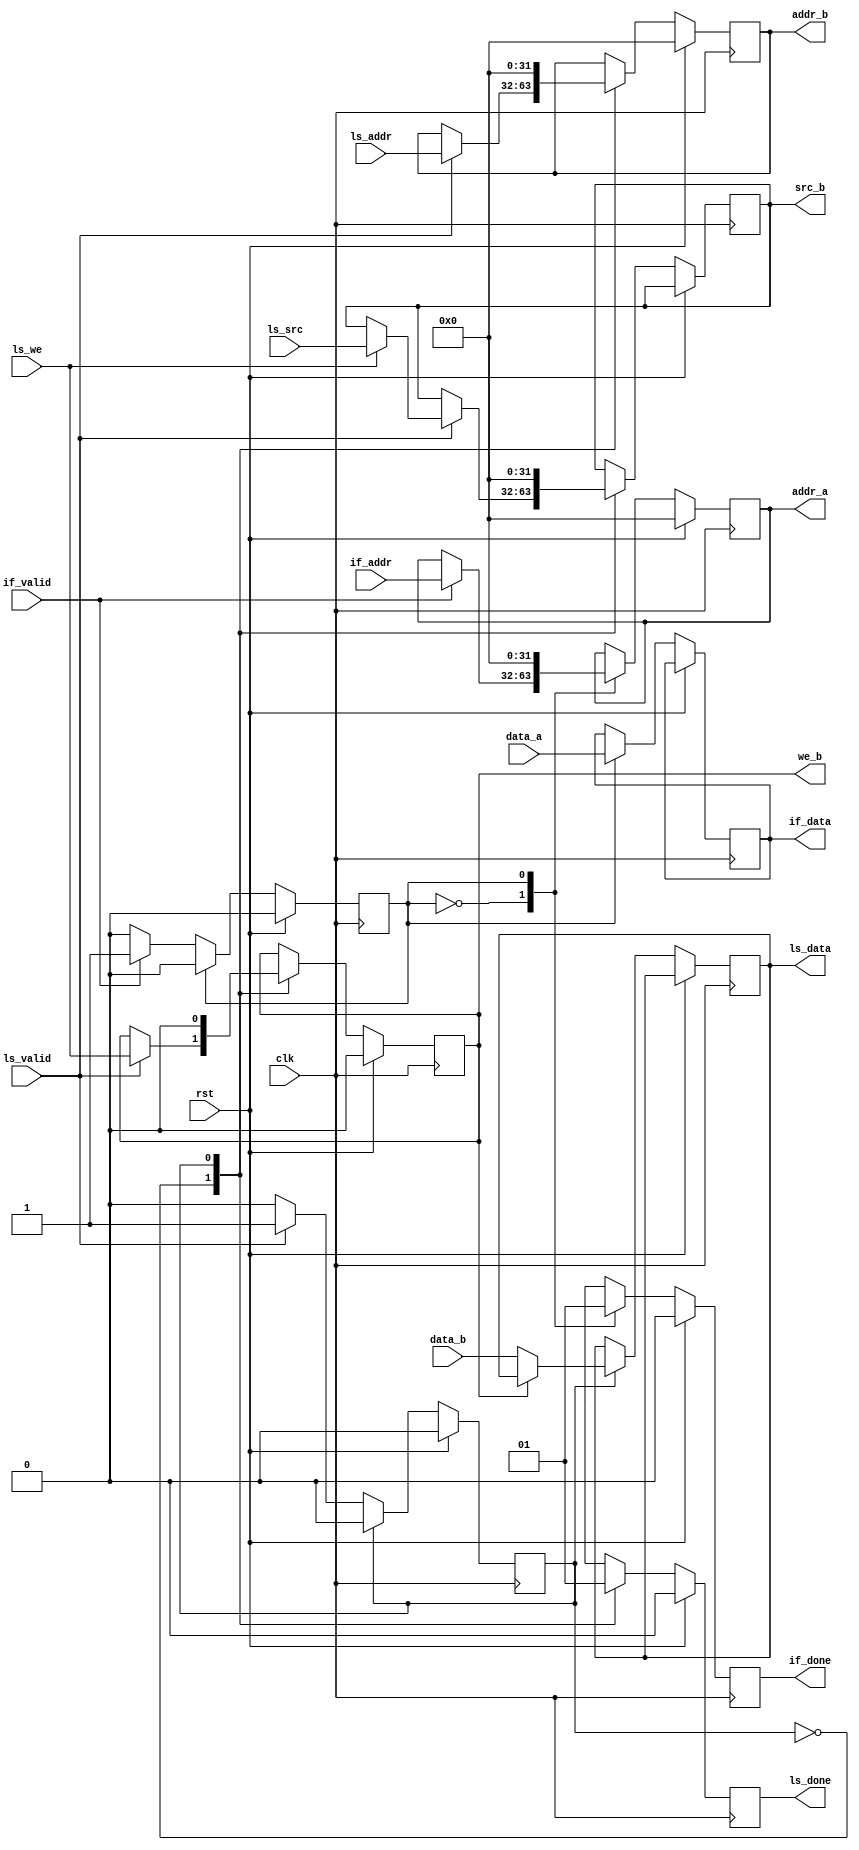

module mem_ctrl 
#(
  parameter ADDR_WIDTH = 32,
  parameter DATA_WIDTH = 32
)
(
  input wire clk,
  input wire rst,

  // with i_fetch
  input wire if_valid,
  input wire [ADDR_WIDTH-1:0] if_addr,
  output reg if_done,
  output reg [DATA_WIDTH-1:0] if_data,
  
  // with ls
  input wire ls_valid,
  input wire ls_we,
  input wire [DATA_WIDTH-1:0] ls_src,
  input wire [ADDR_WIDTH-1:0] ls_addr,
  output reg ls_done,
  output reg [DATA_WIDTH-1:0] ls_data,

  // with ram (output of cpu)
  output reg [ADDR_WIDTH-1:0] addr_a, // address bus (only 17:0 is used)
  input wire [DATA_WIDTH-1:0] data_a,

  output reg [ADDR_WIDTH-1:0] addr_b, // address bus (only 17:0 is used)
  output reg we_b,
  output reg [DATA_WIDTH-1:0] src_b,
  input wire [DATA_WIDTH-1:0] data_b
);

  reg status_a, status_b;
  localparam IDLE = 1'b0, BUSY = 1'b1;

  always @(posedge clk) begin
    if (rst) begin
      if_done  <= 0;
      ls_done <= 0;
      addr_a    <= 0;
      addr_b    <= 0;
      we_b <= 0;
      status_a <= 0;
      status_b <= 0;
    end else begin
      case (status_a)
      IDLE: begin
        if_done <= 1'b0;
        if (if_valid) begin
          addr_a <= if_addr;
          status_a <= BUSY;
        end
      end
      BUSY: begin
        if_done <= 1'b1;
        if_data <= data_a;
        addr_a <= 0;
        status_a <= IDLE;
      end
      endcase

      case (status_b)
      IDLE: begin
        ls_done <= 0;
        if (ls_valid) begin
          addr_b <= ls_addr;
          we_b <= ls_we;
          if (ls_we) src_b <= ls_src;
          status_b <= BUSY;
        end
      end
      BUSY: begin
        ls_done <= 1'b1;
        if (we_b == 0) ls_data <= data_b;
        addr_b <= 0;
        src_b <= 0;
        we_b <= 0;
        status_b <= IDLE;
      end
      endcase
    end
  end

endmodule